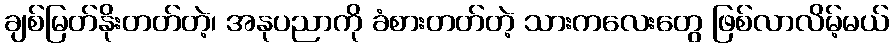
ချစ်မြတ်နိုးတတ်တဲ့၊ အနုပညာကို ခံစားတတ်တဲ့ သားကလေးတွေ ဖြစ်လာလိမ့်မယ်